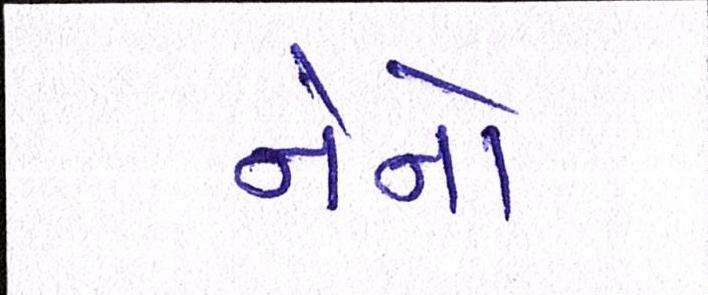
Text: નેનો